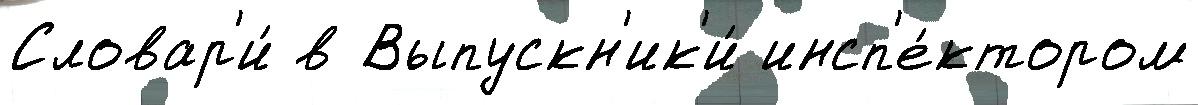
Словар'и́ в Выпускн'ик'и́ инсп'е́ктором